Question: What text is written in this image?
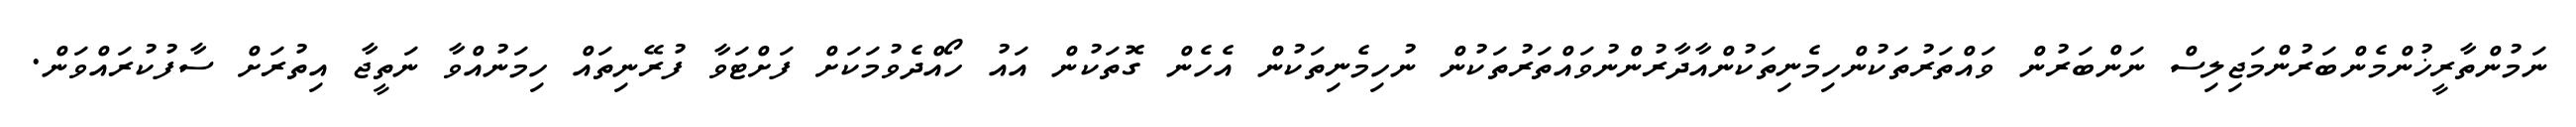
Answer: ނަމުންތާރީޚުންމެންބަރުންމަޖިލިސް ނަންބަރުން ވައްތަރުތަކުންހިމެނިތަކުންއާދާރުންނުވައްތަރުތަކުން ނުހިމެނިތަކުން އެހެން ގޮތަކުން އައު ހޯއްދެވުމަކަށް ފަށްޓަވާ ފުރޭނިތައް ހިމަނުއްވާ ނަތީޖާ އިތުރަށް ސާފުކުރައްވަން.